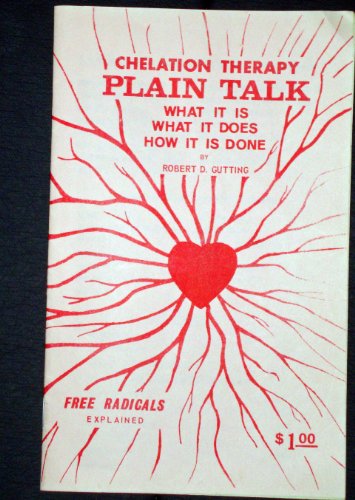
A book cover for Chelation Therapy Plain Talk:  What It Is, What It Does, How It Is Done (Free Radicals Explained); Robert D Gutting; Health, Fitness & Dieting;